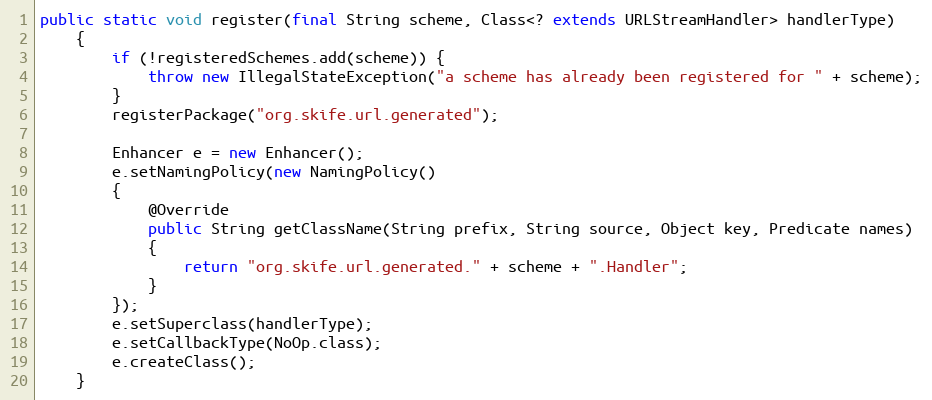
Language: Java
public static void register(final String scheme, Class<? extends URLStreamHandler> handlerType)
    {
        if (!registeredSchemes.add(scheme)) {
            throw new IllegalStateException("a scheme has already been registered for " + scheme);
        }
        registerPackage("org.skife.url.generated");

        Enhancer e = new Enhancer();
        e.setNamingPolicy(new NamingPolicy()
        {
            @Override
            public String getClassName(String prefix, String source, Object key, Predicate names)
            {
                return "org.skife.url.generated." + scheme + ".Handler";
            }
        });
        e.setSuperclass(handlerType);
        e.setCallbackType(NoOp.class);
        e.createClass();
    }